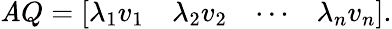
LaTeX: \mathit{A}Q={\left[\begin{array}{llll}{\lambda_{1}v_{1}}&{\lambda_{2}v_{2}}&{\cdots}&{\lambda_{n}v_{n}}\end{array}\right]}.